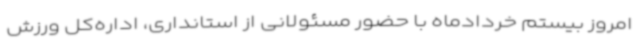
امروز بیستم خردادماه با حضور مسئولانی از استانداری، اداره‌کل ورزش